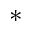
\ast